Jaan_Tonisson_(Lasteleht), lk 333
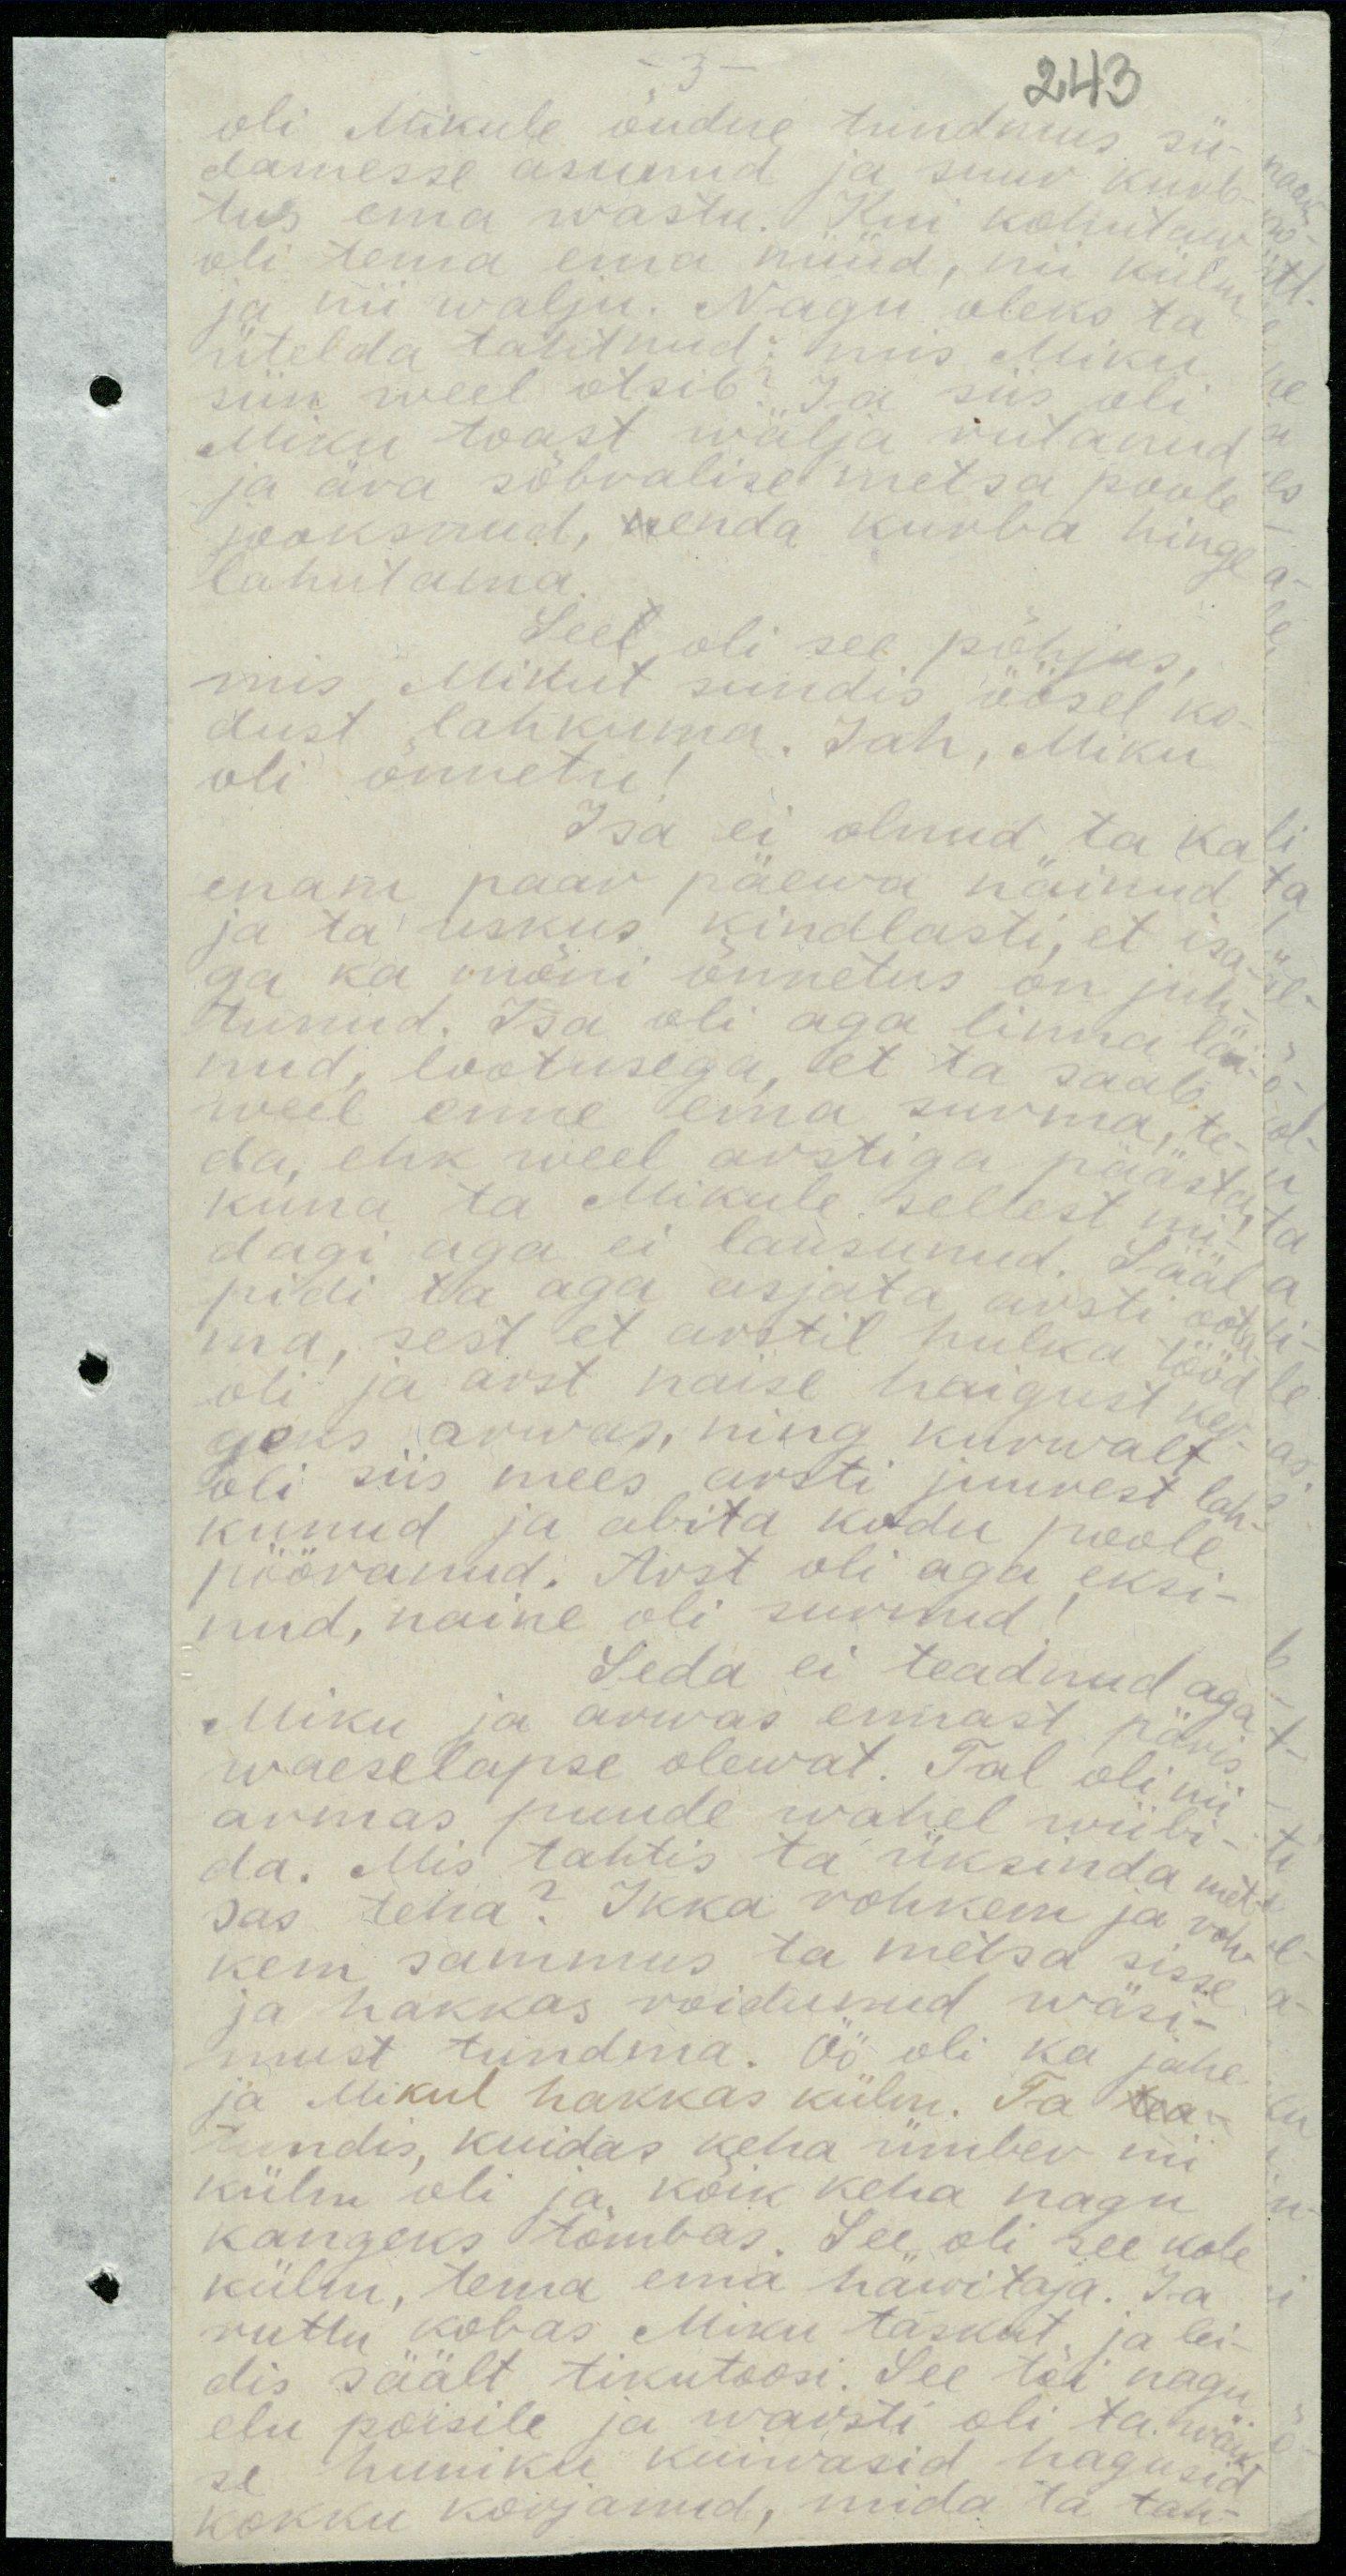
243

oli Mikule õudne tundmus sü-
damesse asunud ja suur kurb
tus ema wastu. Kui kohutaw
oli tema ema nüüd, nii külm
ja nii walju. Nagu oleks ta
ütelda talitnud: mis Miku
siin weel otsib? Ja siis oli
Miku toast wälja rutanud
ja ära sõbralise metsa poole.
jooksnud, enda kurba hinge-
lahutama
See oli see põhjus,
mis, Mikut sundis öösel ko-
dust lahkuma, Jah, Miku
oli õnnetu!
Isa ei olnud, ta ka
enam paar päewa näinud
ja ta uskus kindlasti, et isa
ega ka mõni õnnetus on juh-
tunud. Isa oli aga linna läi-
nud lootusega, et ta saab
weel, enne ema surma, te-
da ehk weel arstiga päästa.
kuna ta Mikule sellest mi-
dagi aga ei lausunud. Sääl
pidi ta aga asjata, arsti oota
ma sest et arstil hulka tööd
oli ja arst naise haigust ker
geks arwas, ning kurwalt
oli siis mees arsti juurest lah-
kunud ja abita kodu poole.
pööranud. Arst oli aga eksi-
nud, naine oli surnud!
Seda ei teadnud aga
Miku ja arwas ennast päris
waeselapse olewat. Tal oli nii
armas puude wahel wiibi-
da. Mis tahtis ta üksinda met-
sas teha? Ikka rohkem ja roh-
kem sammus ta metsa sisse
ja hakkas roidunud wäsi-
must tundma. Öö oli ka jahe
ja Mikul hakkas külm. Ta
tundis, kuidas keha ümber nii
külm oli ja kõik keha nagu
kangeks tõmbas. See oli see kole
külm, tema ema häwitaja. Ja
ruttu kobas Miku taskut, ja lei-
dis säält tikutoosi. See tõi nagu
elu poisile ja warsti oli ta wäi-
se huniku kuiwasid hagusid
kokku korjanud, mida ta tah-